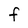
Character: F